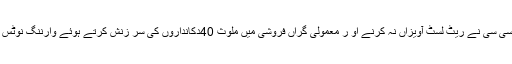
چیئرمین پی سی سی نے ریٹ لسٹ آویزاں نہ کرنے او ر معمولی گراں فروشی میں ملوث 40دکانداروں کی سر زنش کرتے ہوئے وارننگ نوٹس جاری کئے ۔